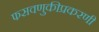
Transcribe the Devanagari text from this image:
फसवणुकीप्रकरणी